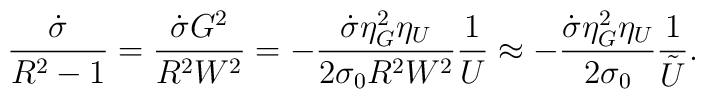
\frac{\dot{\sigma}}{R^2-1} = \frac{\dot{\sigma} G^2}{R^2 W^2} =-\frac{\dot{\sigma} \eta_G^2 \eta_U}{2 \sigma_0 R^2 W^2} \frac{1}{U}\approx -\frac{\dot{\sigma} \eta_G^2 \eta_U}{2 \sigma_0}\frac{1}{\tilde{U}}.